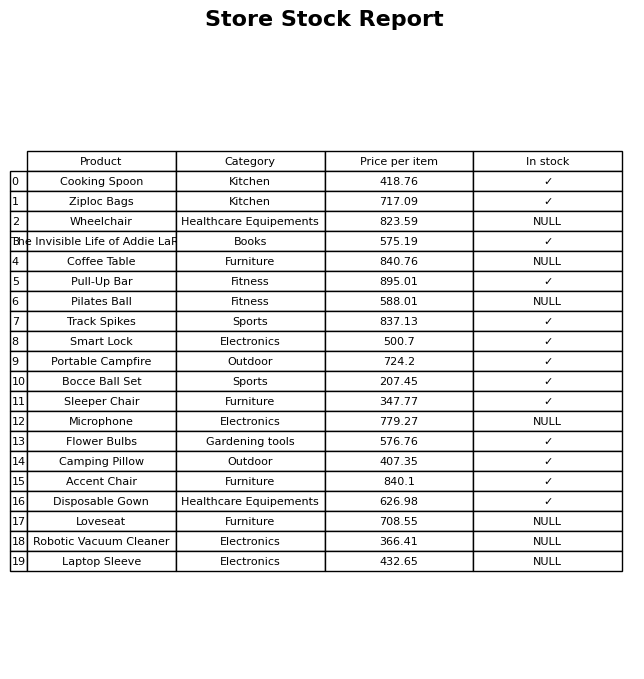
question: What is the price for Disposable Gown?
answer: The price of Disposable Gown is 626.98.